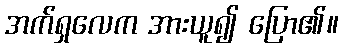
အက်ရှလေက အားယူ၍ ပြော၏။